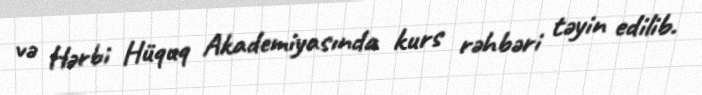
və Hərbi Hüquq Akademiyasında kurs rəhbəri təyin edilib.